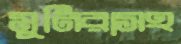
মুনিরাসহ